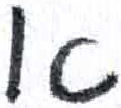
אות: א